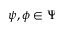
\psi , \phi \in \Psi